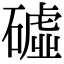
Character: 𥕰